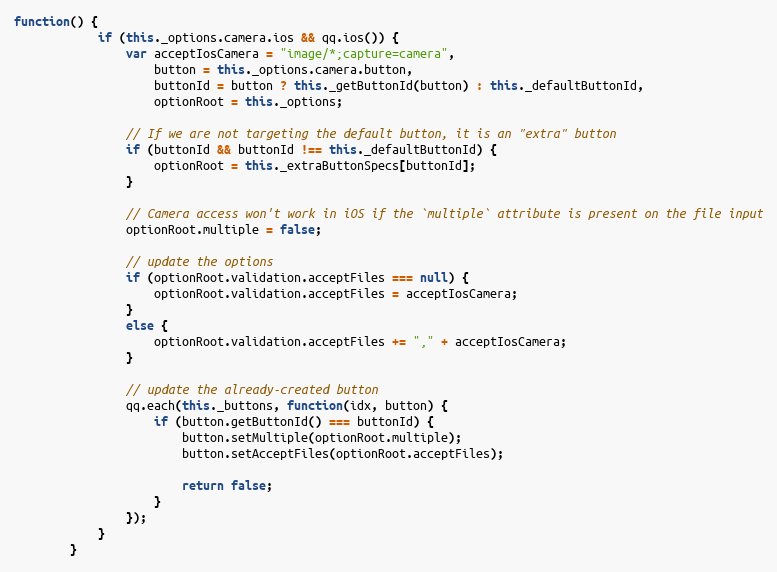
Language: JavaScript
function() {
            if (this._options.camera.ios && qq.ios()) {
                var acceptIosCamera = "image/*;capture=camera",
                    button = this._options.camera.button,
                    buttonId = button ? this._getButtonId(button) : this._defaultButtonId,
                    optionRoot = this._options;

                // If we are not targeting the default button, it is an "extra" button
                if (buttonId && buttonId !== this._defaultButtonId) {
                    optionRoot = this._extraButtonSpecs[buttonId];
                }

                // Camera access won't work in iOS if the `multiple` attribute is present on the file input
                optionRoot.multiple = false;

                // update the options
                if (optionRoot.validation.acceptFiles === null) {
                    optionRoot.validation.acceptFiles = acceptIosCamera;
                }
                else {
                    optionRoot.validation.acceptFiles += "," + acceptIosCamera;
                }

                // update the already-created button
                qq.each(this._buttons, function(idx, button) {
                    if (button.getButtonId() === buttonId) {
                        button.setMultiple(optionRoot.multiple);
                        button.setAcceptFiles(optionRoot.acceptFiles);

                        return false;
                    }
                });
            }
        }